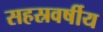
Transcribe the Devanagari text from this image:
सहस्रवर्षीय